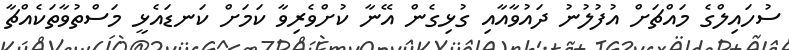
ސުހައިލްގެ މައްޗަށް އުފުލުނު ދައުވާއާއި ގުޅިގެން އޭނާ ކުށްވެރިވާ ކަމަށް ކަނޑައެޅީ މަސްތުވާތަކެއްޗާ